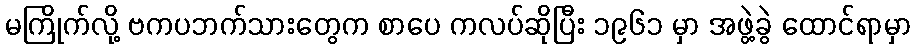
မကြိုက်လို့ ဗကပဘက်သားတွေက စာပေ ကလပ်ဆိုပြီး ၁၉၆၁ မှာ အဖွဲ့ခွဲ ထောင်ရာမှာ